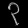
Digit: ၃